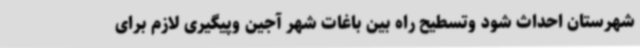
شهرستان احداث شود وتسطیح راه بین باغات شهر آجین وپیگیری لازم برای